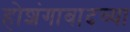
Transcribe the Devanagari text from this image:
होशंगाबादच्या